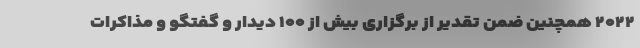
۲۰۲۲ همچنین ضمن تقدیر از برگزاری بیش از ۱۰۰ دیدار و گفتگو و مذاکرات